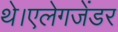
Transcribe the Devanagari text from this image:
थे।एलेगजेंडर